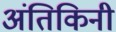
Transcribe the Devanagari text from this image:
अंतिकिनी